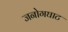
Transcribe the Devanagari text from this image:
जनोगघाट